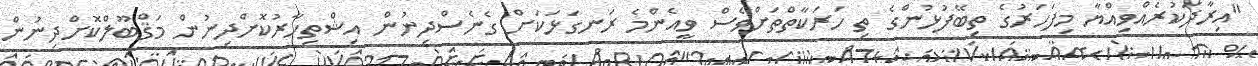
"އިރާދަކުރެއްވިއްޔާ މިފަހަރުގެ ތިބޭފުޅުންގެ ތި ހަރަކާތްތަށްވެސް ވީއެންމެ ރަނގަޅަކަށް ގެނެސްދިނުން އިޝްތިހާރުކޮށްދިނުން މަޤްބޫލްކޮށްދިނުން